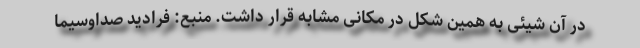
در آن شیئی به همین شکل در مکانی مشابه قرار داشت. منبع: فرادید صداوسیما